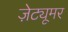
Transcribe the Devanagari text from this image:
ज़ेट्यूमर